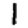
Digit: 1